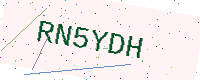
Text: RN5YDH